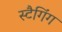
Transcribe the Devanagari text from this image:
स्टैगिंग